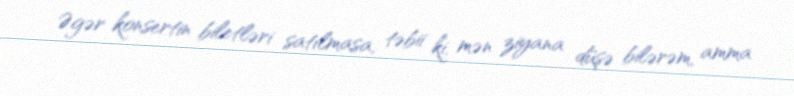
Əgər konsertin biletləri satılmasa, təbii ki, mən ziyana düşə bilərəm, amma